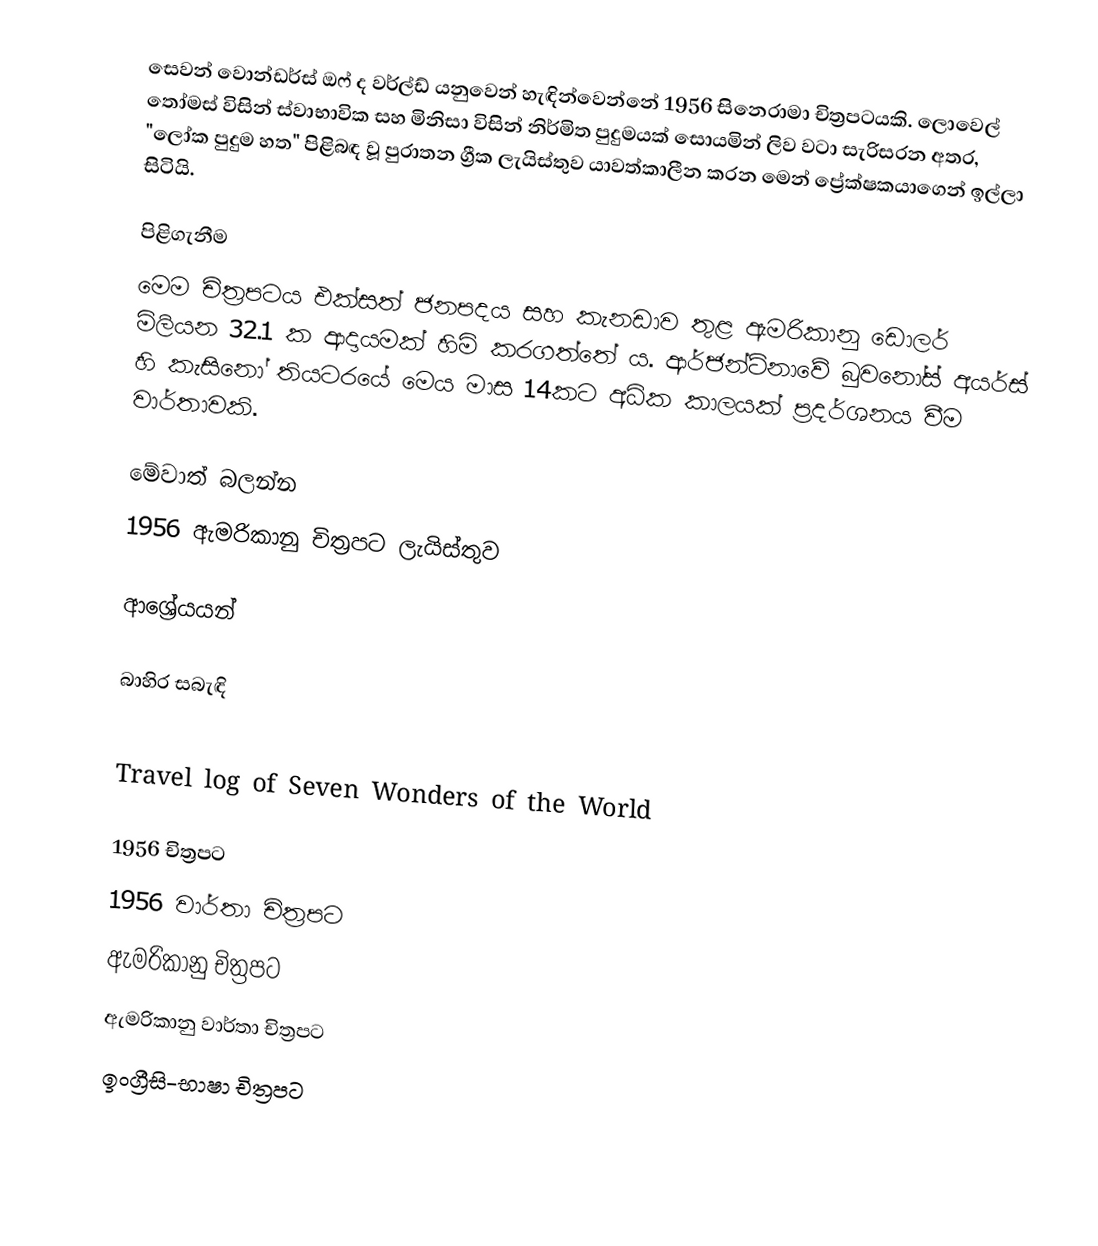
සෙවන් වොන්ඩර්ස් ඔෆ් ද වර්ල්ඩ් යනුවෙන් හැඳින්වෙන්නේ 1956 සිනෙරාමා චිත්‍රපටයකි. ලොවෙල් තෝමස් විසින් ස්වාභාවික සහ මිනිසා විසින් නිර්මිත පුදුමයක් සොයමින් ලිව වටා සැරිසරන අතර, "ලෝක පුදුම හත" පිළිබඳ වූ පුරාතන ග්‍රීක ලැයිස්තුව යාවත්කාලීන කරන මෙන් ප්‍රේක්ෂකයාගෙන් ඉල්ලා සිටියි.

පිළිගැනීම
මෙම චිත්‍රපටය එක්සත් ජනපදය සහ කැනඩාව තුළ ඇමරිකානු ඩොලර් මිලියන 32.1 ක ආදායමක් හිමි කරගත්තේ ය. ආර්ජන්ටිනාවේ බුවනෝස් අයර්ස් හි කැසිනෝ තියටරයේ මෙය මාස 14කට අධික කාලයක් ප්‍රදර්ශනය වීම වාර්තාවකි.

මේවාත් බලන්න
1956 ඇමරිකානු චිත්‍රපට ලැයිස්තුව

ආශ්‍රේයයන්

බාහිර සබැඳි

Travel log of Seven Wonders of the World

1956 චිත්‍රපට
1956 වාර්තා චිත්‍රපට
ඇමරිකානු චිත්‍රපට
ඇමරිකානු වාර්තා චිත්‍රපට
ඉංග්‍රීසි-භාෂා චිත්‍රපට